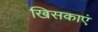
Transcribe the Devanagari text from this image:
खिसकाएं